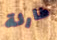
طارئة